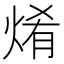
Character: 𤉶